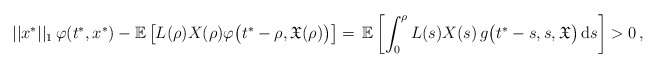
\begin{align*}||x^*||_1\,\varphi(t^*,x^*) - \mathbb{E} \left[L(\rho)X(\rho)\varphi \big(t^*-\rho,\mathfrak{X}(\rho)\big)\right] =\, \mathbb{E} \left[\int_0^{\rho} L(s)X(s)\, g\big(t^*-s,s,\mathfrak{X}\big)\, \mathrm{d}s \right] >0\,,\end{align*}